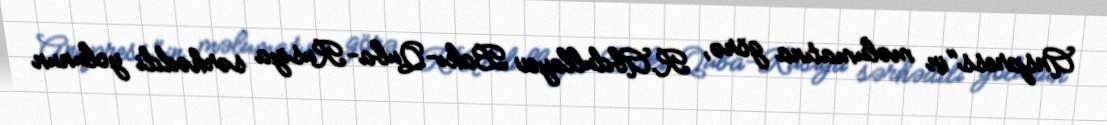
Anspress"in məlumatına görə, R.Abdullayev Bakı-Quba-Rusiya sərhəddi yolunun